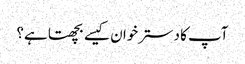
آپ کا دسترخوان کیسے بچھتا ہے؟